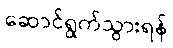
ဆောင်ရွက်သွားရန်